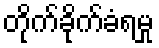
တိုက်ခိုက်ခံရမှု